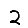
Digit: 2